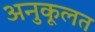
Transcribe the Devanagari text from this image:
अनुकूलत